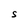
Character: S